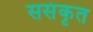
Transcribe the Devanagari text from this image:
ससंकृत